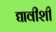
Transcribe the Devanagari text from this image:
द्यावीशी